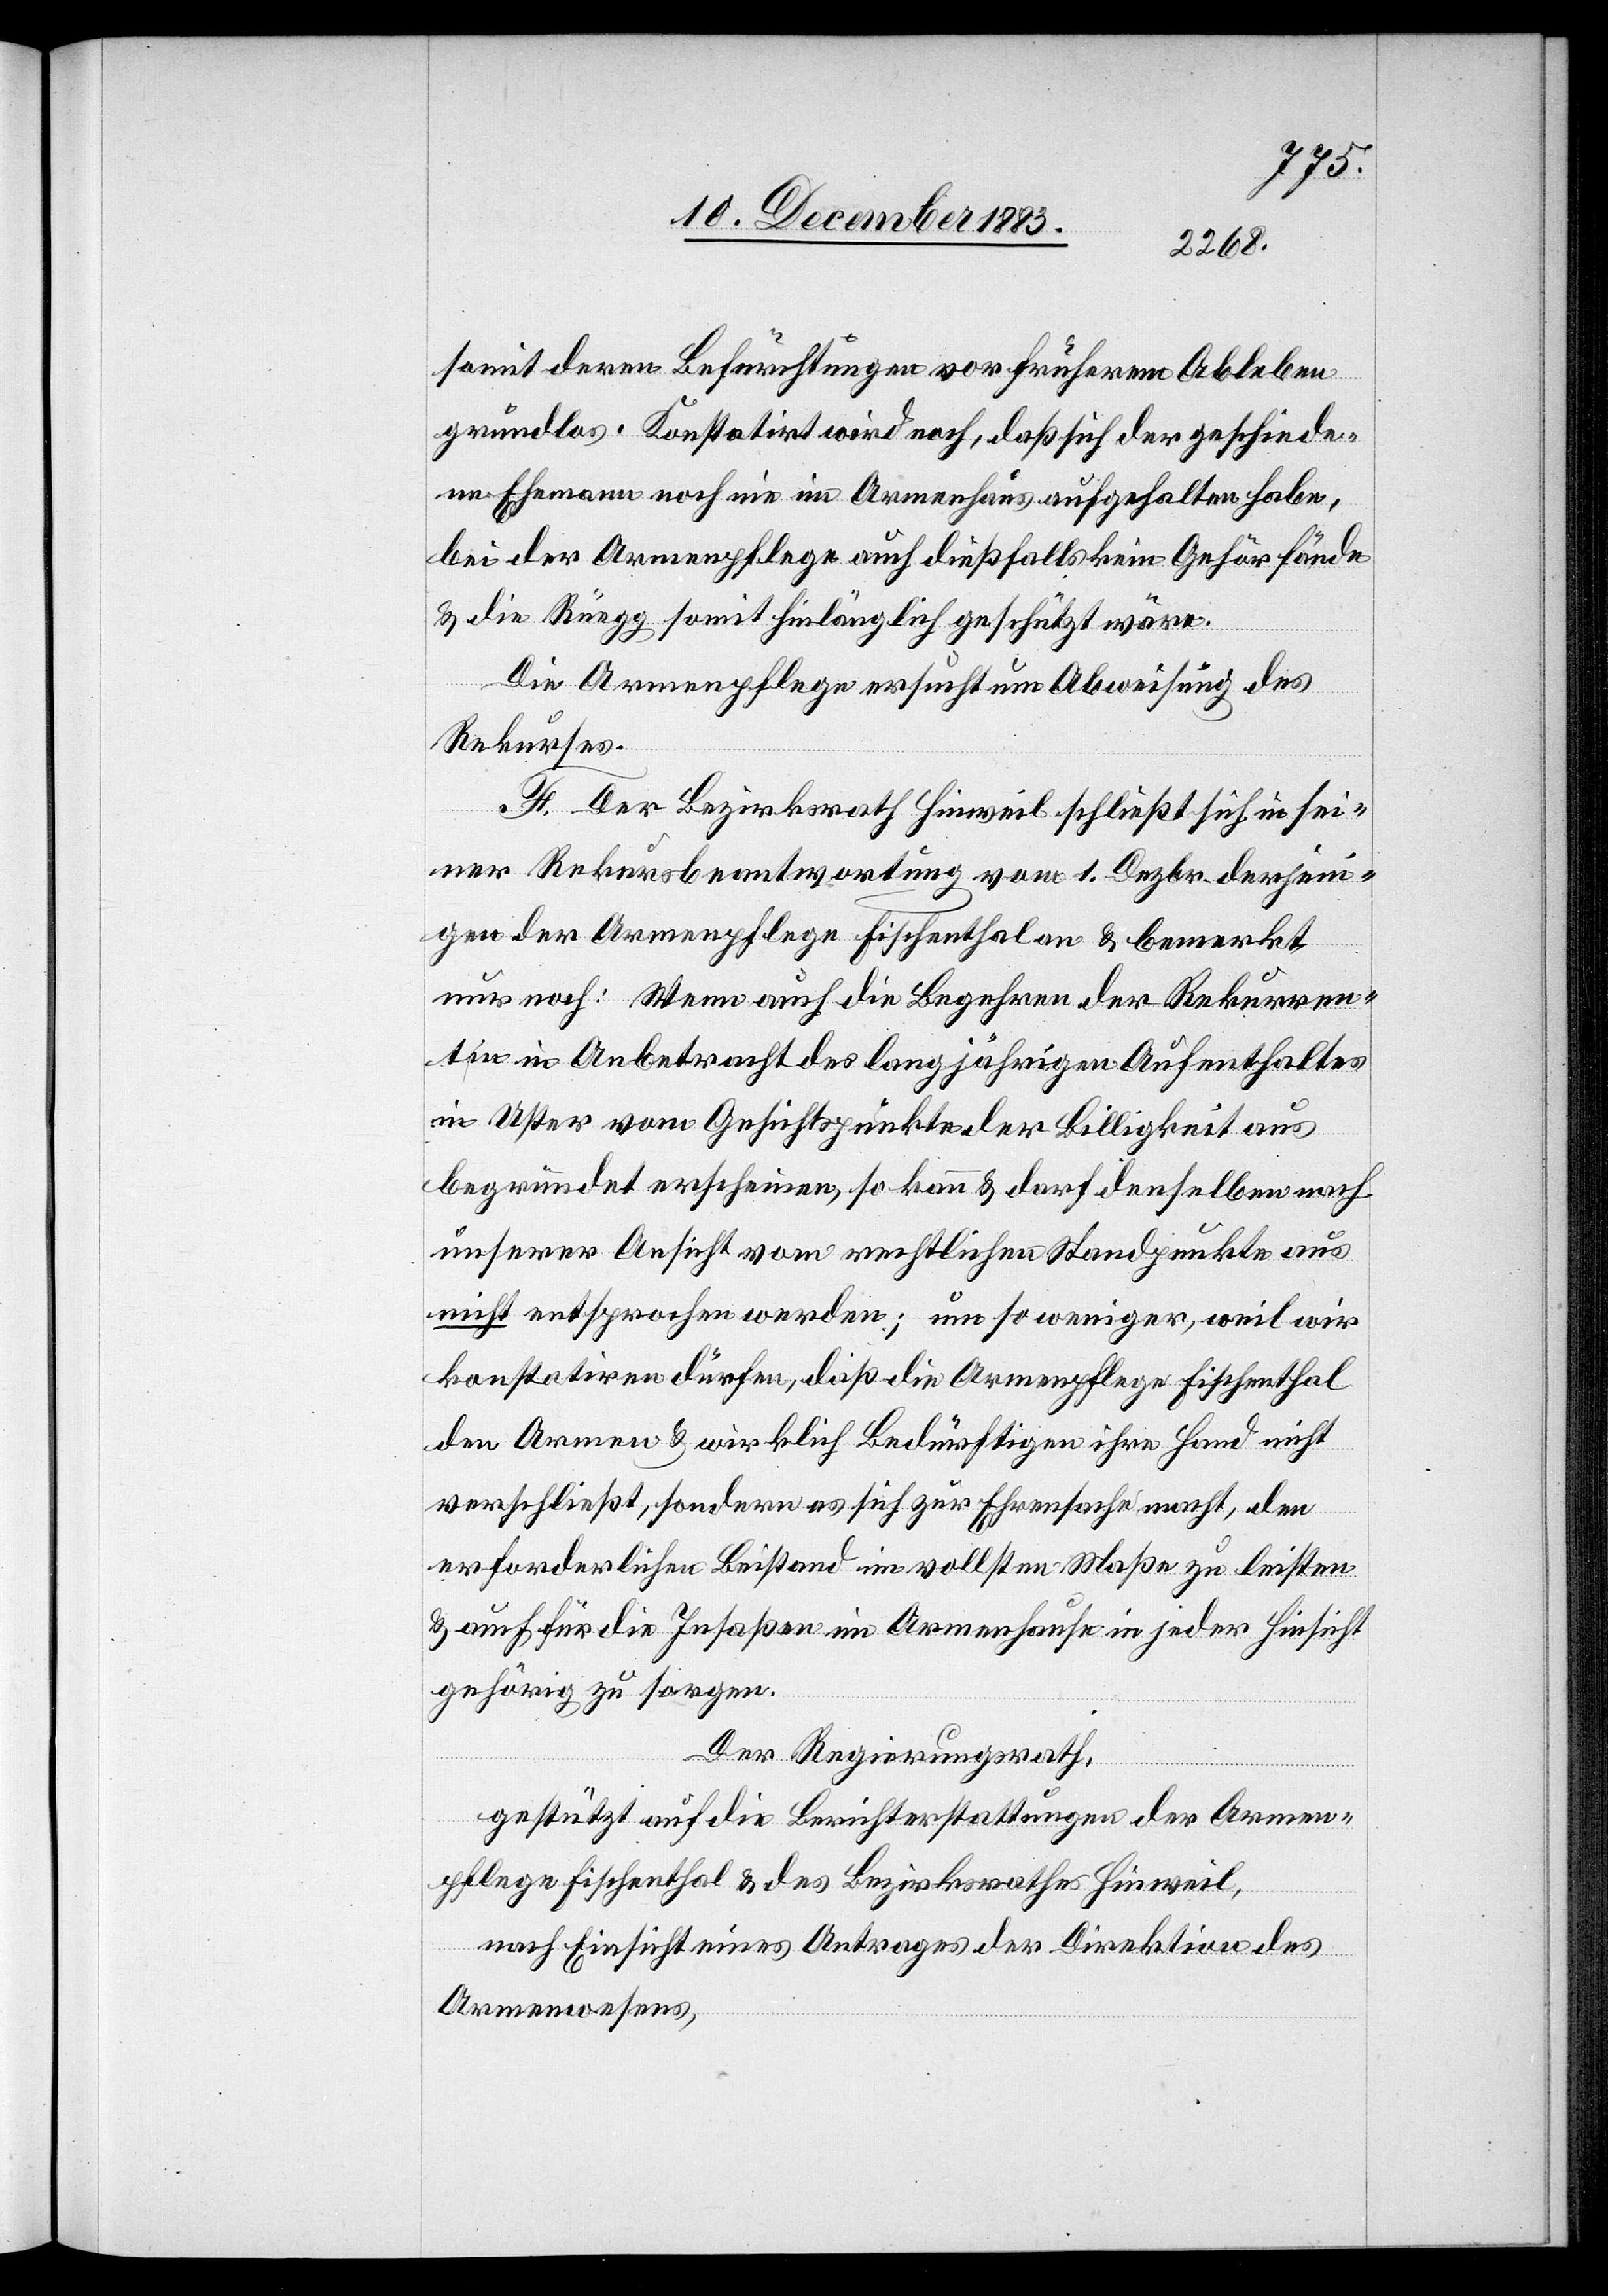
somit deren Befürchtungen vor früherem Ableben
grundlos. Konstatirt wird noch, daß sich der geschiede¬
ne Ehemann noch nie im Armenhaus aufgehalten habe,
bei der Armenpflege auch dießfalls kein Gehör fände
& die Rüegg somit hinlänglich geschützt wäre.
Die Armenpflege ersucht um Abweisung des
Rekurses.
F. Der Bezirksrath Hinweil schließt sich in sei¬
ner Rekursbeantwortung vom 1. Dezbr. derjeni¬
gen der Armenpflege Fischenthal an & bemerkt
nur noch: Wenn auch die Begehren der Rekurren¬
tin in Anbetracht des langjährigen Aufenthaltes
in Uster vom Gesichtspunkte der Billigkeit aus
begründet erscheinen, so kann & darf denselben nach
unserer Ansicht vom rechtlichen Standpunkte aus
nicht entsprochen werden; um so weniger, weil wir
konstatiren dürfen, daß die Armenpflege Fischenthal
den Armen & wirklich Bedürftigen ihre Hand nicht
verschließt, sondern es sich zur Ehrensache macht, den
erforderlichen Beistand im vollsten Maße zu leisten
& auch für die Insaßen im Armenhause in jeder Hinsicht
gehörig zu sorgen.
Der Regierungsrath,
gestützt auf die Berichterstattungen der Armen¬
pflege Fischenthal & des Bezirksrathes Hinweil,
nach Einsicht eines Antrages der Direktion des
Armenwesens,